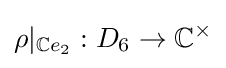
\rho |_{\mathbb {C} e_{2}}:D_{6}\to \mathbb {C} ^{\times }